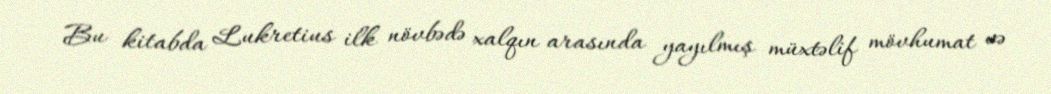
Bu kitabda Lukretius ilk növbədə xalqın arasında yayılmış müxtəlif mövhumat və